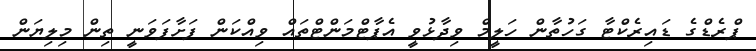
ޕްރެޑްގެ ޑައިރެކްޓާ ގަހުތާން ހަލީމް ވިދާޅުވީ އެޕާޓްމަންޓްތައް ވިއްކަން ފަށާފަވަނީ ތިން މިލިޔަން